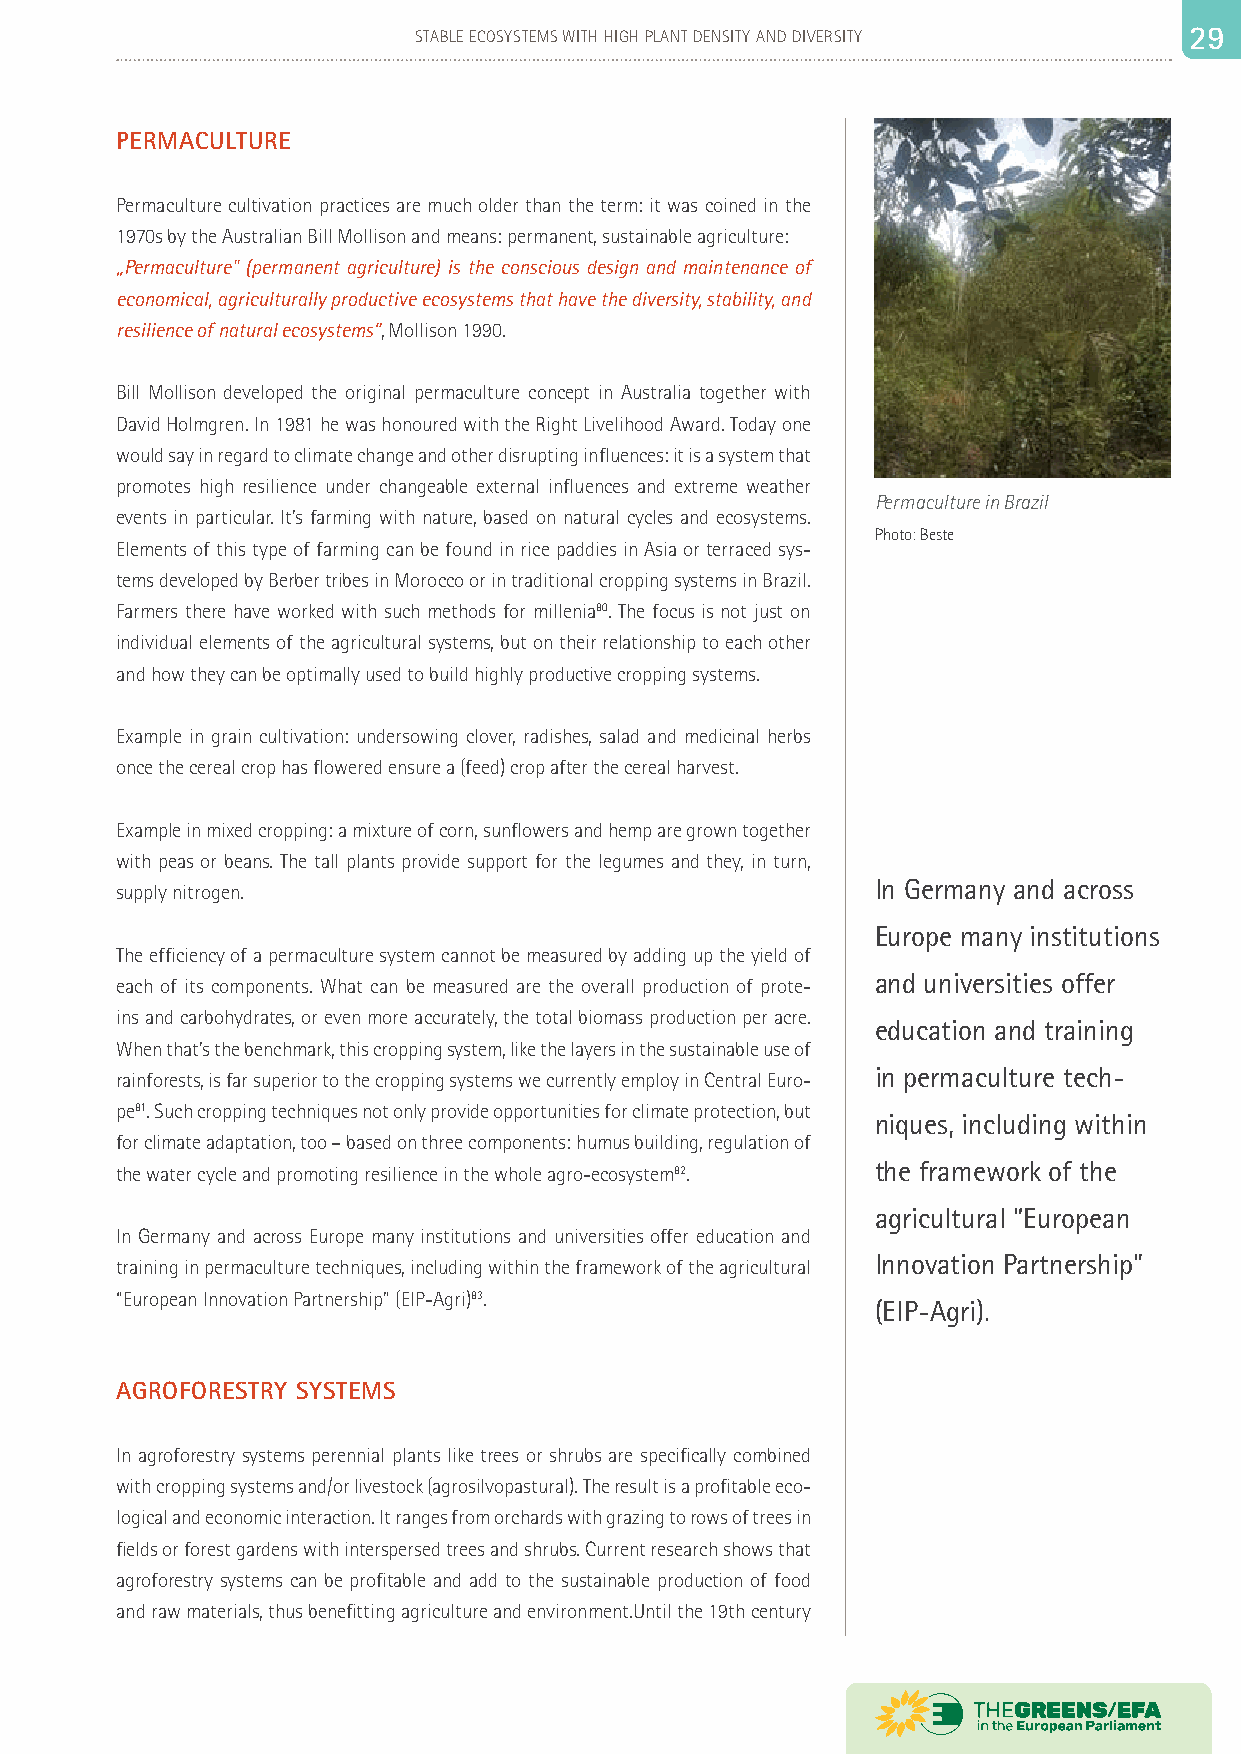
28                         STABLE ECOSYSTEMS WITH HIGH PLANT DENSITY AND DIVERSITY 22 99
 PERMACULTURE
 Permaculture cultivation practices are much older than the term: it was coined in the
 1970s by the Australian Bill Mollison and means: permanent, sustainable agriculture:
 „Permaculture" (permanent agriculture) is the conscious design and maintenance of
 economical, agriculturally productive ecosystems that have the diversity, stability, and
 resilience of natural ecosystems“, Mollison 1990.
 Bill Mollison developed the original permaculture concept in Australia together with
 David Holmgren. In 1981 he was honoured with the Right Livelihood Award. Today one
 would say in regard to climate change and other disrupting influences: it is a system that
 promotes high resilience under changeable external influences and extreme weather
 Permaculture in Brazil
 events in particular. It’s farming with nature, based on natural cycles and ecosystems.
 Photo: Beste
 Elements of this type of farming can be found in rice paddies in Asia or terraced sys-
 tems developed by Berber tribes in Morocco or in traditional cropping systems in Brazil.
 Farmers there have worked with such methods for millenia80. The focus is not just on
 individual elements of the agricultural systems, but on their relationship to each other
 and how they can be optimally used to build highly productive cropping systems.
 Example in grain cultivation: undersowing clover, radishes, salad and medicinal herbs
 once the cereal crop has flowered ensure a (feed) crop after the cereal harvest.
 Example in mixed cropping: a mixture of corn, sunflowers and hemp are grown together
 with peas or beans. The tall plants provide support for the legumes and they, in turn,
 In Germany and across
 supply nitrogen.
 Europe many institutions
 The efficiency of a permaculture system cannot be measured by adding up the yield of
 and universities offer
 each of its components. What can be measured are the overall production of prote-
 ins and carbohydrates, or even more accurately, the total biomass production per acre.
 education and training
 When that’s the benchmark, this cropping system, like the layers in the sustainable use of
 in permaculture tech-
 rainforests, is far superior to the cropping systems we currently employ in Central Euro-
 pe81. Such cropping techniques not only provide opportunities for climate protection, but
 niques, including within
 for climate adaptation, too – based on three components: humus building, regulation of
 the water cycle and promoting resilience in the whole agro-ecosystem82. the framework of the
 agricultural “European
 In Germany and across Europe many institutions and universities offer education and
 Innovation Partnership”
 training in permaculture techniques, including within the framework of the agricultural
 “European Innovation Partnership” (EIP-Agri)83.
 (EIP-Agri).
 AGROFORESTRY SYSTEMS
 In agroforestry systems perennial plants like trees or shrubs are specifically combined
 with cropping systems and/or livestock (agrosilvopastural). The result is a profitable eco-
 logical and economic interaction. It ranges from orchards with grazing to rows of trees in
 fields or forest gardens with interspersed trees and shrubs. Current research shows that
 agroforestry systems can be profitable and add to the sustainable production of food
 and raw materials, thus benefitting agriculture and environment.Until the 19th century